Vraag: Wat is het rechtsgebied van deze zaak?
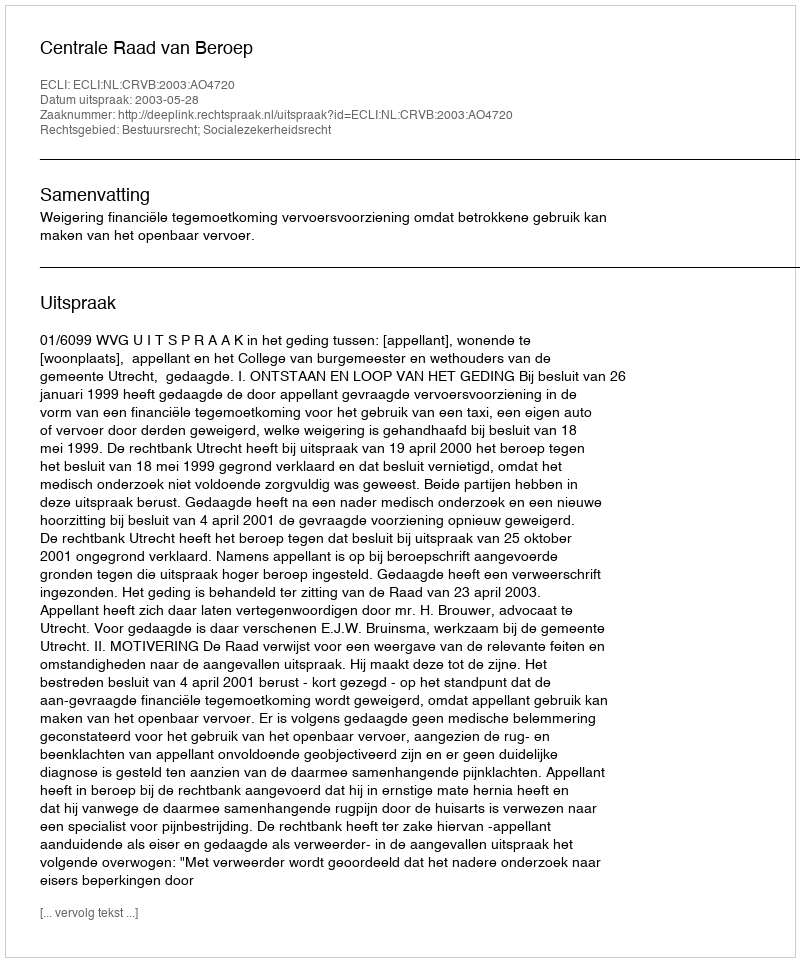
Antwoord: Bestuursrecht; Socialezekerheidsrecht